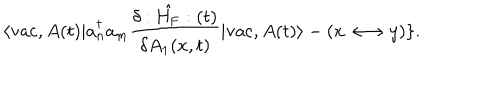
\langle \mathrm { v a c } , A ( t ) | a _ { n } ^ { \dagger } a _ { m } \frac { \delta : \hat { \mathrm { H } _ { \mathrm { F } } } : ( t ) } { \delta A _ { 1 } ( x , t ) } | \mathrm { v a c } , A ( t ) \rangle - ( x \longleftrightarrow y ) \} .